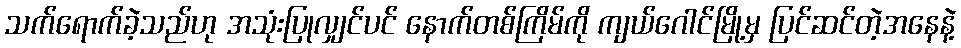
သက်ရောက်ခဲ့သည်ဟု အသုံးပြုလျှင်ပင် နောက်တစ်ကြိမ်ကို ကျယ်ဂေါင်မြို့မှ ပြင်ဆင်တဲ့အနေနဲ့